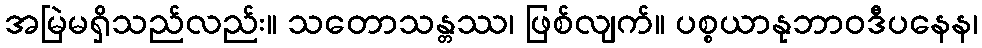
အမြဲမရှိသည်လည်း။ သတောသန္တဿ၊ ဖြစ်လျက်။ ပစ္စယာနုဘာဝဒီပနေန၊